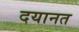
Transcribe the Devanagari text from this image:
दयानत